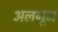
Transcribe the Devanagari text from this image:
अलगूज